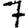
Digit: 7